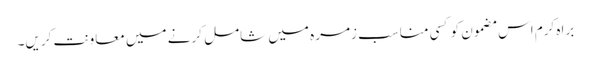
براہِ کرم اس مضمون کو کسی مناسب زمرہ میں شامل کرنے میں معاونت کریں۔